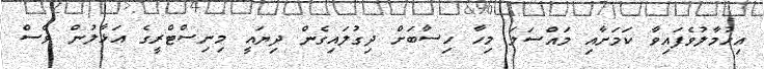
އިހުމާލުވެފައިވާ ކަމަށާއި މައްސަލަ މިހާ ހިސާބަށް ދިގުލައިގެން ދިޔައީ މިނިސްޓްރީގެ އަޅާލުން ވެސް